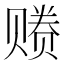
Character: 𰷩